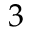
3